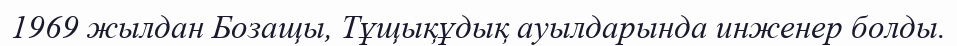
1969 жылдан Бозащы, Тұщықұдық ауылдарында инженер болды.